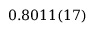
0 . 8 0 1 1 ( 1 7 )